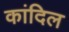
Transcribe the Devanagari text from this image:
कांदिल